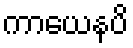
ကာယေနပိ